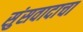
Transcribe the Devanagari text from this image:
सुंसवादाचा